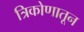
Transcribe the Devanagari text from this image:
त्रिकोणातून